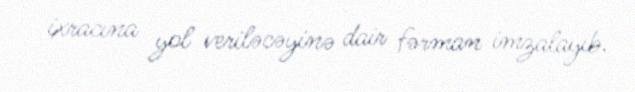
ixracına yol veriləcəyinə dair fərman imzalayıb.